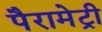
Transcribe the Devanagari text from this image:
पैरामेट्री